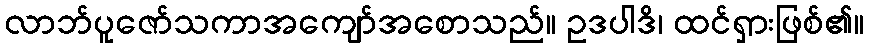
လာဘ်ပူဇော်သကာအကျော်အစောသည်။ ဥဒပါဒိ၊ ထင်ရှားဖြစ်၏။